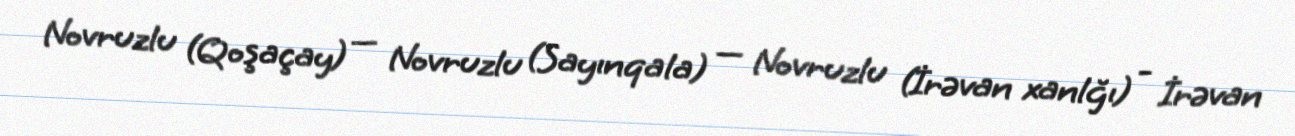
Novruzlu (Qoşaçay) — Novruzlu (Sayınqala) — Novruzlu (İrəvan xanlğı) - İrəvan